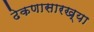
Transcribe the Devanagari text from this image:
ढेकणासारख्या